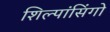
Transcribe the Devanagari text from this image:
शिल्पांसिंगो